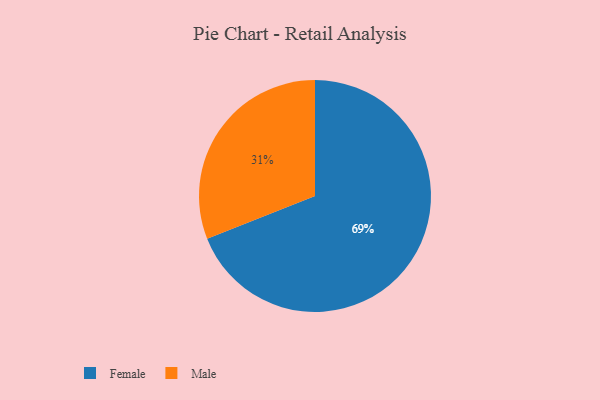
{"axis": {"x": "Category", "y": "Percentage"}, "legend": ["Female", "Male"], "data": [{"x": "Male", "y": 31, "type": "Male"}, {"x": "Female", "y": 69, "type": "Female"}]}